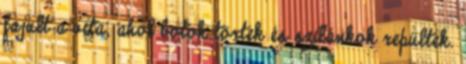
fajult a vita, ahol botok törtek és szilánkok repültek.